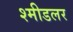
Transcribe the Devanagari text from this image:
श्मीडलर